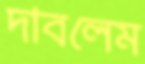
দাবলেম